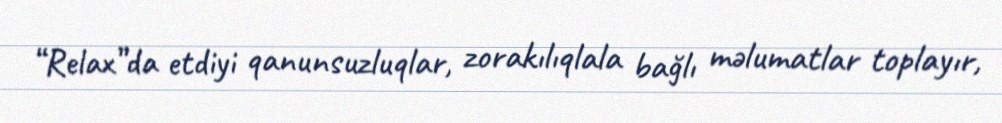
“Relax”da etdiyi qanunsuzluqlar, zorakılıqlala bağlı məlumatlar toplayır,